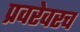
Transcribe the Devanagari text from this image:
प्रवरेवरच